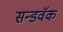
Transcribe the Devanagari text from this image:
सन्डवॅक